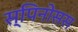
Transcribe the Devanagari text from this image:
स्पिनोसस